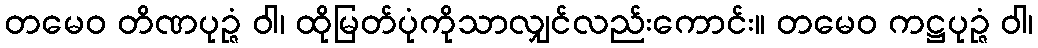
တမေဝ တိဏပုဉ္ဇံ ဝါ၊ ထိုမြတ်ပုံကိုသာလျှင်လည်းကောင်း။ တမေဝ ကဋ္ဌပုဉ္ဇံ ဝါ၊